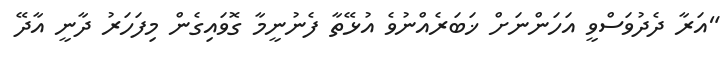
"އަރާ ދެދުވަސްވީ އަހަންނަށް ޚަބަރެއްނުވެ އުޅޭތާ ފެނުނީމާ ގޮވައިގެން މިފަހަރު ދާނީ އާދޭ